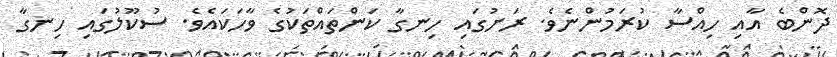
ދޮންބެ އާއި ހިއްސާ ކުރަމުންނެވެ. ރަށުގައި ހިނގާ ކަންތައްތަކުގެ ވާހަކައެވެ. ސުކޫލުގައި ހިނގާ